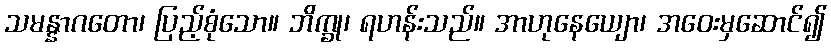
သမန္နာဂတော၊ ပြည့်စုံသော။ ဘိက္ခု၊ ရဟန်းသည်။ အာဟုနေယျော၊ အဝေးမှဆောင်၍